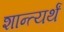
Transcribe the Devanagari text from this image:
शान्त्यर्थं